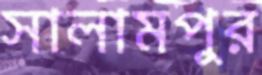
সালামপুর